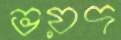
ভয়দ